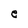
Character: e